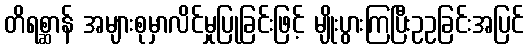
တိရစ္ဆာန် အများစုမှာလိင်မှုပြုခြင်းဖြင့် မျိုးပွားကြပြီးဥဥခြင်းအပြင်